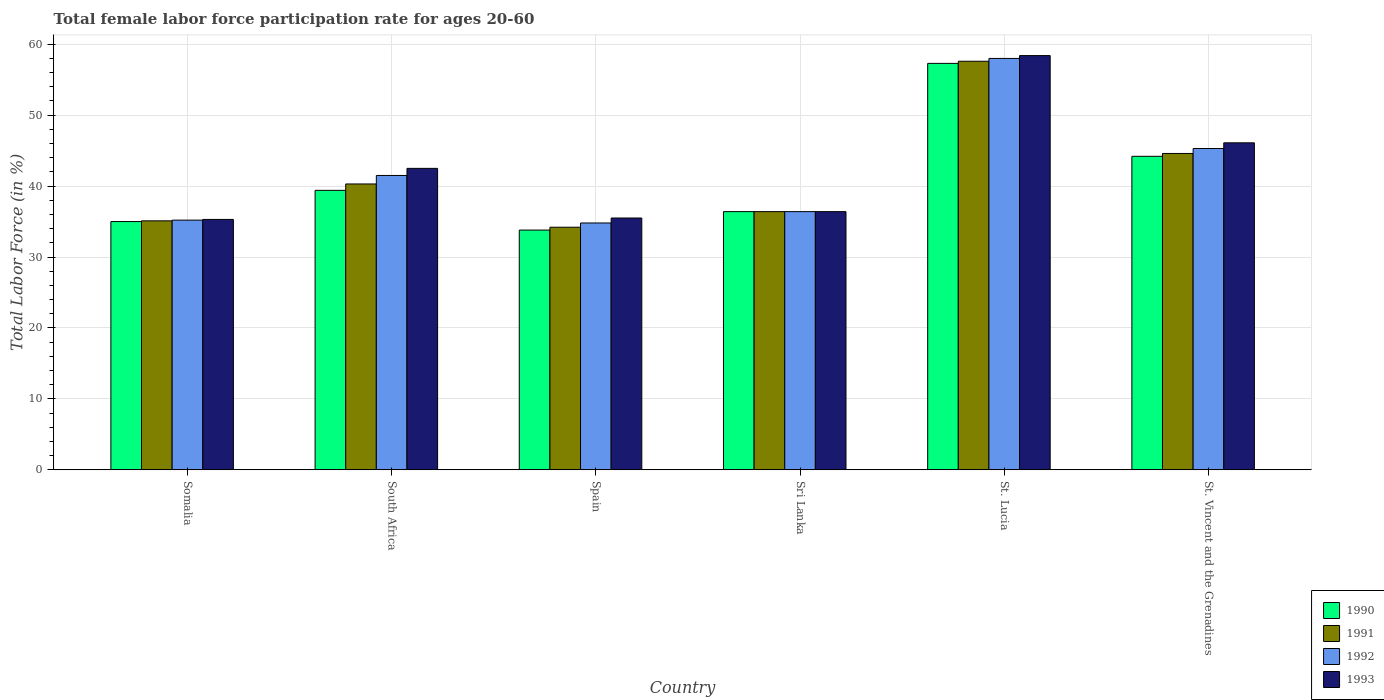
| Country | 1990 | 1991 | 1992 | 1993 |
 | --- | --- | --- | --- | --- |
 | Somalia | 35 | 35.1 | 35.2 | 35.3 |
 | South Africa | 39.4 | 40.3 | 41.5 | 42.5 |
 | Spain | 33.8 | 34.2 | 34.8 | 35.5 |
 | Sri Lanka | 36.4 | 36.4 | 36.4 | 36.4 |
 | St. Lucia | 57.3 | 57.6 | 58 | 58.4 |
 | St. Vincent and the Grenadines | 44.2 | 44.6 | 45.3 | 46.1 |